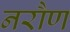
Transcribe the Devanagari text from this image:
नरौण